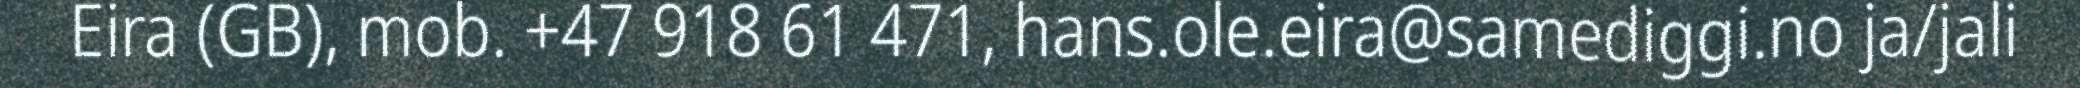
Eira (GB), mob. +47 918 61 471, hans.ole.eira@samediggi.no ja/jali